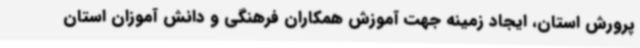
پرورش استان، ایجاد زمینه جهت آموزش همکاران فرهنگی و دانش آموزان استان